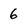
Character: 6